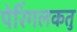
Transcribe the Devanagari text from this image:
पेरिंगलकतु